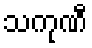
သကုဏီ